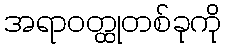
အရာဝတ္ထုတစ်ခုကို